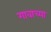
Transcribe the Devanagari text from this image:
गावाच्‍या